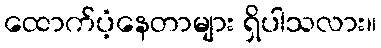
ထောက်ပံ့နေတာများ ရှိပါသလား။